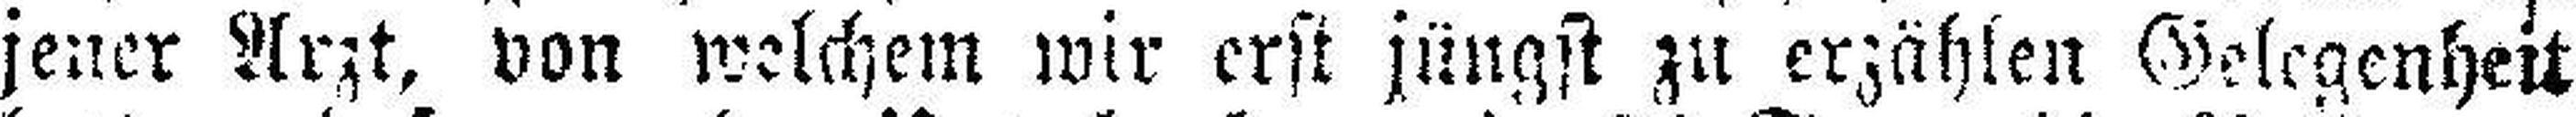
jener Arzt, von welchem wir erst jüngst zu erzählen Gelegenheit